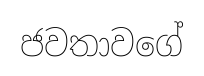
ජවතාවගේ